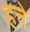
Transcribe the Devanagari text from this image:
हत्ते